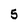
Character: 5